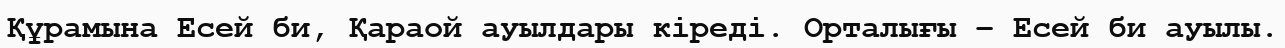
Құрамына Есей би, Қараой ауылдары кіреді. Орталығы – Есей би ауылы.